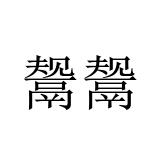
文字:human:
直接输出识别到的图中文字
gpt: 鬶鬶